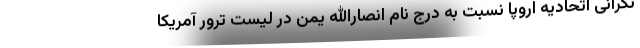
نگرانی اتحادیه اروپا نسبت به درج نام انصارالله یمن در لیست ترور آمریکا